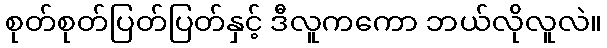
စုတ်စုတ်ပြတ်ပြတ်နှင့် ဒီလူကကော ဘယ်လိုလူလဲ။